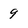
Character: 9